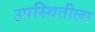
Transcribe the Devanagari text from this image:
उपस्थितीला